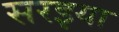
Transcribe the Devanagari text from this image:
सरइया